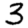
Digit: 3